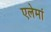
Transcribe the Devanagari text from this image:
एलेमां